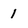
Character: 1